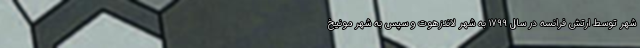
شهر توسط ارتش فرانسه در سال ۱۷۹۹ به شهر لاندزهوت و سپس به شهر مونیخ